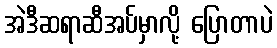
အဲဒီဆရာဆီအပ်မှာလို့ ပြောတာပဲ